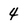
Character: 4